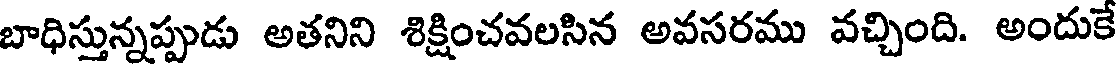
బాధిస్తున్నప్పుడు అతనిని శిక్షించవలసిన అవసరము వచ్చింది. అందుకే